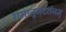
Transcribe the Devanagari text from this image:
रामानुजदर्शनम्